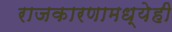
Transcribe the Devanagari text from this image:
राजकारणामध्येही